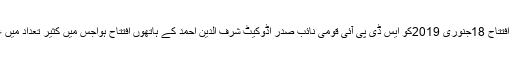
مذکورہ نمائش گاہ کا افتتاح 18جنوری 2019کو ایس ڈی پی آئی قومی نائب صدر اڈوکیٹ شرف الدین احمد کے ہاتھوں افتتاح ہواجس میں کثیر تعداد میں عوام نے شرکت کی ۔